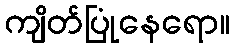
ကျိတ်ပြုံနေရော။